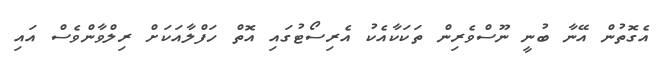
އެގޮތުން އޭނާ ބުނީ ނޫސްވެރިން ތަކަކާއެކު އެރިސޯޓުގައި އޮތް ހަފްލާއަކަށް ރިލްވާންވެސް އައި